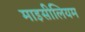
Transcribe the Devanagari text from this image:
माइसीलियम